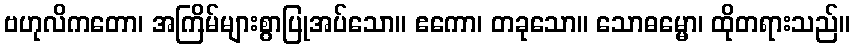
ဗဟုလိကတော၊ အကြိမ်များစွာပြုအပ်သော။ ဧကော၊ တခုသော။ သောဓမ္မော၊ ထိုတရားသည်။